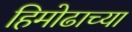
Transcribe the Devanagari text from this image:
हिमोढाच्या